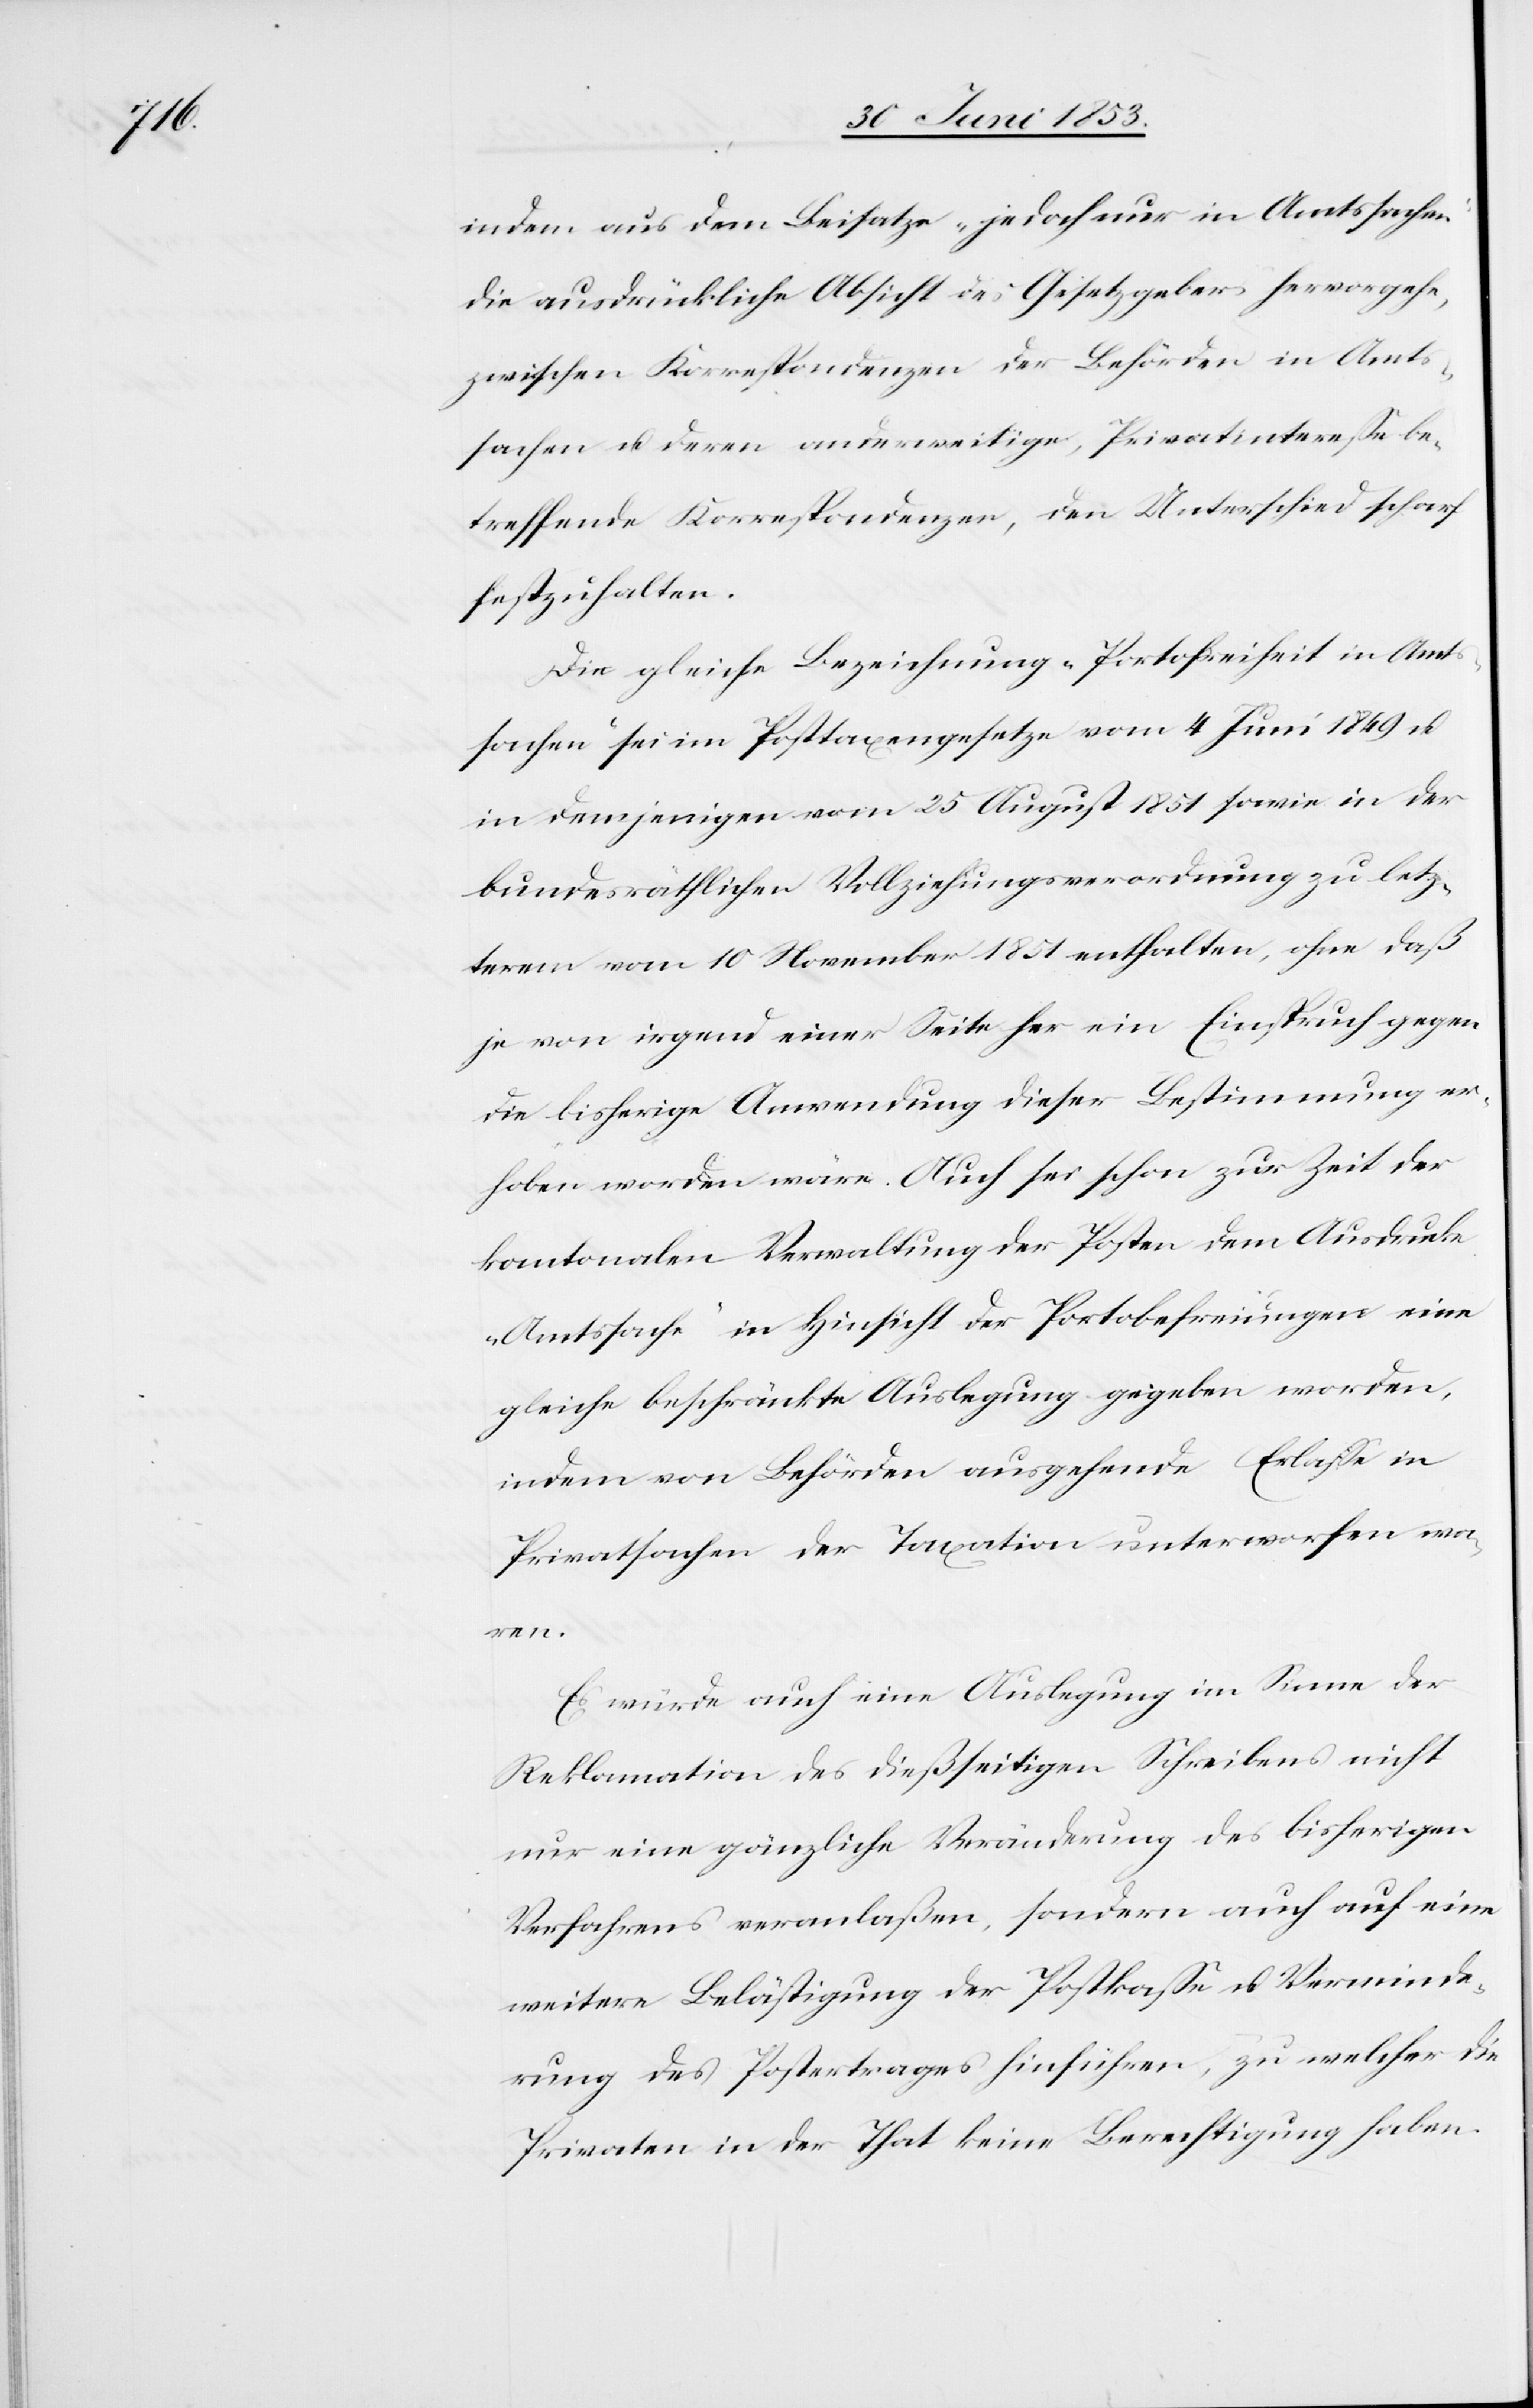
ren.

indem aus dem Beisatze „jedoch nur in Amtssachen“
die ausdrückliche Absicht des Gesetzgebers hervorgehe,
zwischen Korrespondenzen der Behörden in Amts¬
sachen u. deren anderweitige, Privatintereßen be¬
treffende Korrespondenzen, den Unterschied scharf
festzuhalten.
Die gleiche Bezeichnung „Portofreiheit in Amts¬
sachen“ sei im Posttaxengesetze vom 4 Juni 1849 u.
in demjenigen vom 25 August 1851 sowie in der
bundesräthlichen Vollziehungsverordnung zu letz¬
term vom 10 November 1851 enthalten, ohne daß
je von irgend einer Seite her ein Einspruch gegen
die bisherige Anwendung dieser Bestimmung er¬
hoben worden wäre. Auch sei schon zur Zeit der
kantonalen Verwaltung der Posten dem Ausdrucke
„Amtssache“ in Hinsicht der Portobefreiungen eine
gleiche beschränkte Auslegung gegeben worden,
indem von Behörden ausgehende Erlaße in
Privatsachen der Taxation unterworfen wa¬
Es würde auch eine Auslegung im Sinne der
Reklamation des dießseitigen Schreibens nicht
nur eine gänzliche Veränderung des bisherigen
Verfahrens veranlaßen, sondern auch auf eine
weitere Bestätigung der Postkaße u. Verminde¬
rung des Postertrages hinführen, zu welcher die
Privaten in der That keine Berechtigung haben.